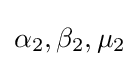
\alpha _{2},\beta _{2},\mu _{2}